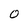
Character: O